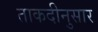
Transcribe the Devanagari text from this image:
ताकदीनुसार